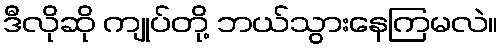
ဒီလိုဆို ကျုပ်တို့ ဘယ်သွားနေကြမလဲ။